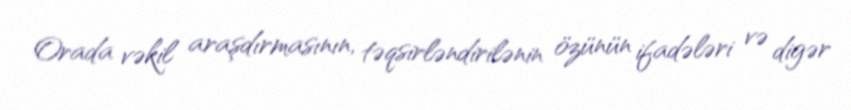
Orada vəkil araşdırmasının, təqsirləndirilənin özünün ifadələri və digər